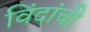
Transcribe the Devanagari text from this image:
विंदांची